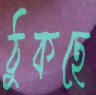
ঠুকছে